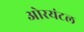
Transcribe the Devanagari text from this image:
ओरयंटल